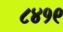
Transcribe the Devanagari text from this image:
८४१९